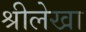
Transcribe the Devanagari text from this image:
श्रीलेखा